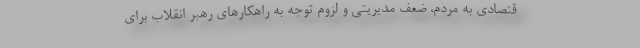
قتصادی به مردم، ضعف مدیریتی و لزوم توجه به راهکارهای رهبر انقلاب برای